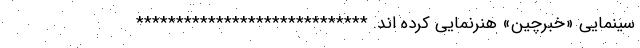
سینمایی «خبرچین» هنرنمایی کرده اند. *****************************